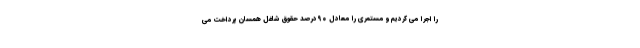
را اجرا می کردیم و مستمری را معادل ۹۰درصد حقوق شاغل همسان پرداخت می